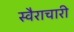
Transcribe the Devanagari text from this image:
स्वैराचारी